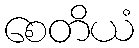
စေတိယံ